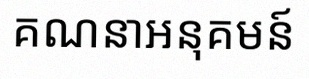
គណនាអនុគមន៍